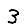
Digit: 3